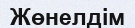
Жөнелдім